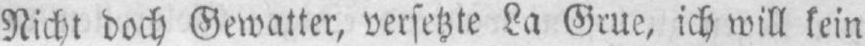
Nicht doch Gewatter, versetzte La Grue, ich will kein